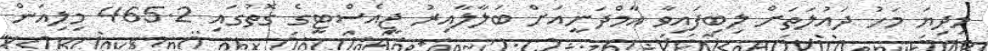
މިދިޔަ މަހު ދައުލަތަށް ލިބިފައިވާ އާމްދަނީއަށް ބަލާލާއިރު ޖީއެސްޓީގެ ގޮތުގައި 465.2 މިލިއަން